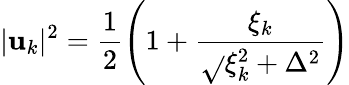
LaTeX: |\mathbf{u}_{k}|^{2}=\frac{{1}}{{2}}\left(1+\frac{{\xi_{k}}}{{\sqrt{}{{\xi_{k}^{2}+\Delta^{2}}}}}\right)